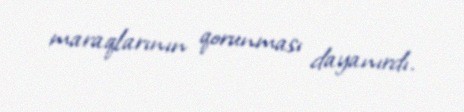
maraqlarının qorunması dayanırdı.